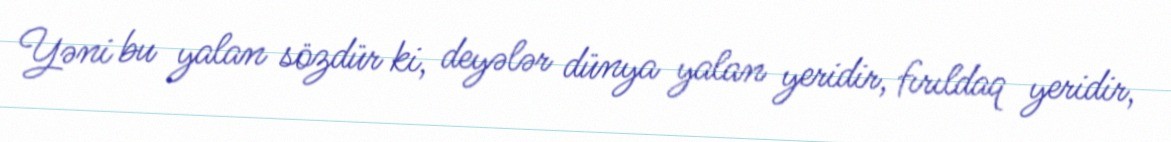
Yəni bu yalan sözdür ki, deyələr dünya yalan yeridir, fırıldaq yeridir,